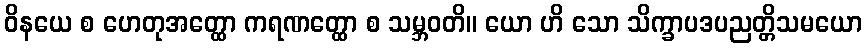
ဝိနယေ စ ဟေတုအတ္ထော ကရဏတ္ထော စ သမ္ဘဝတိ။ ယော ဟိ သော သိက္ခာပဒပညတ္တိသမယော